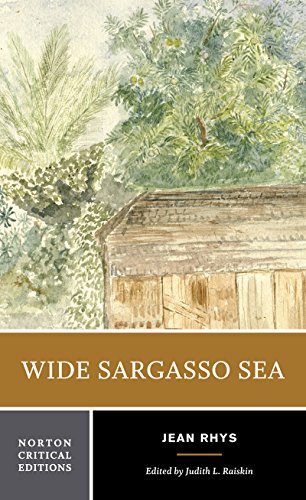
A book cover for Wide Sargasso Sea (Norton Critical Editions); Jean Rhys; Literature & Fiction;